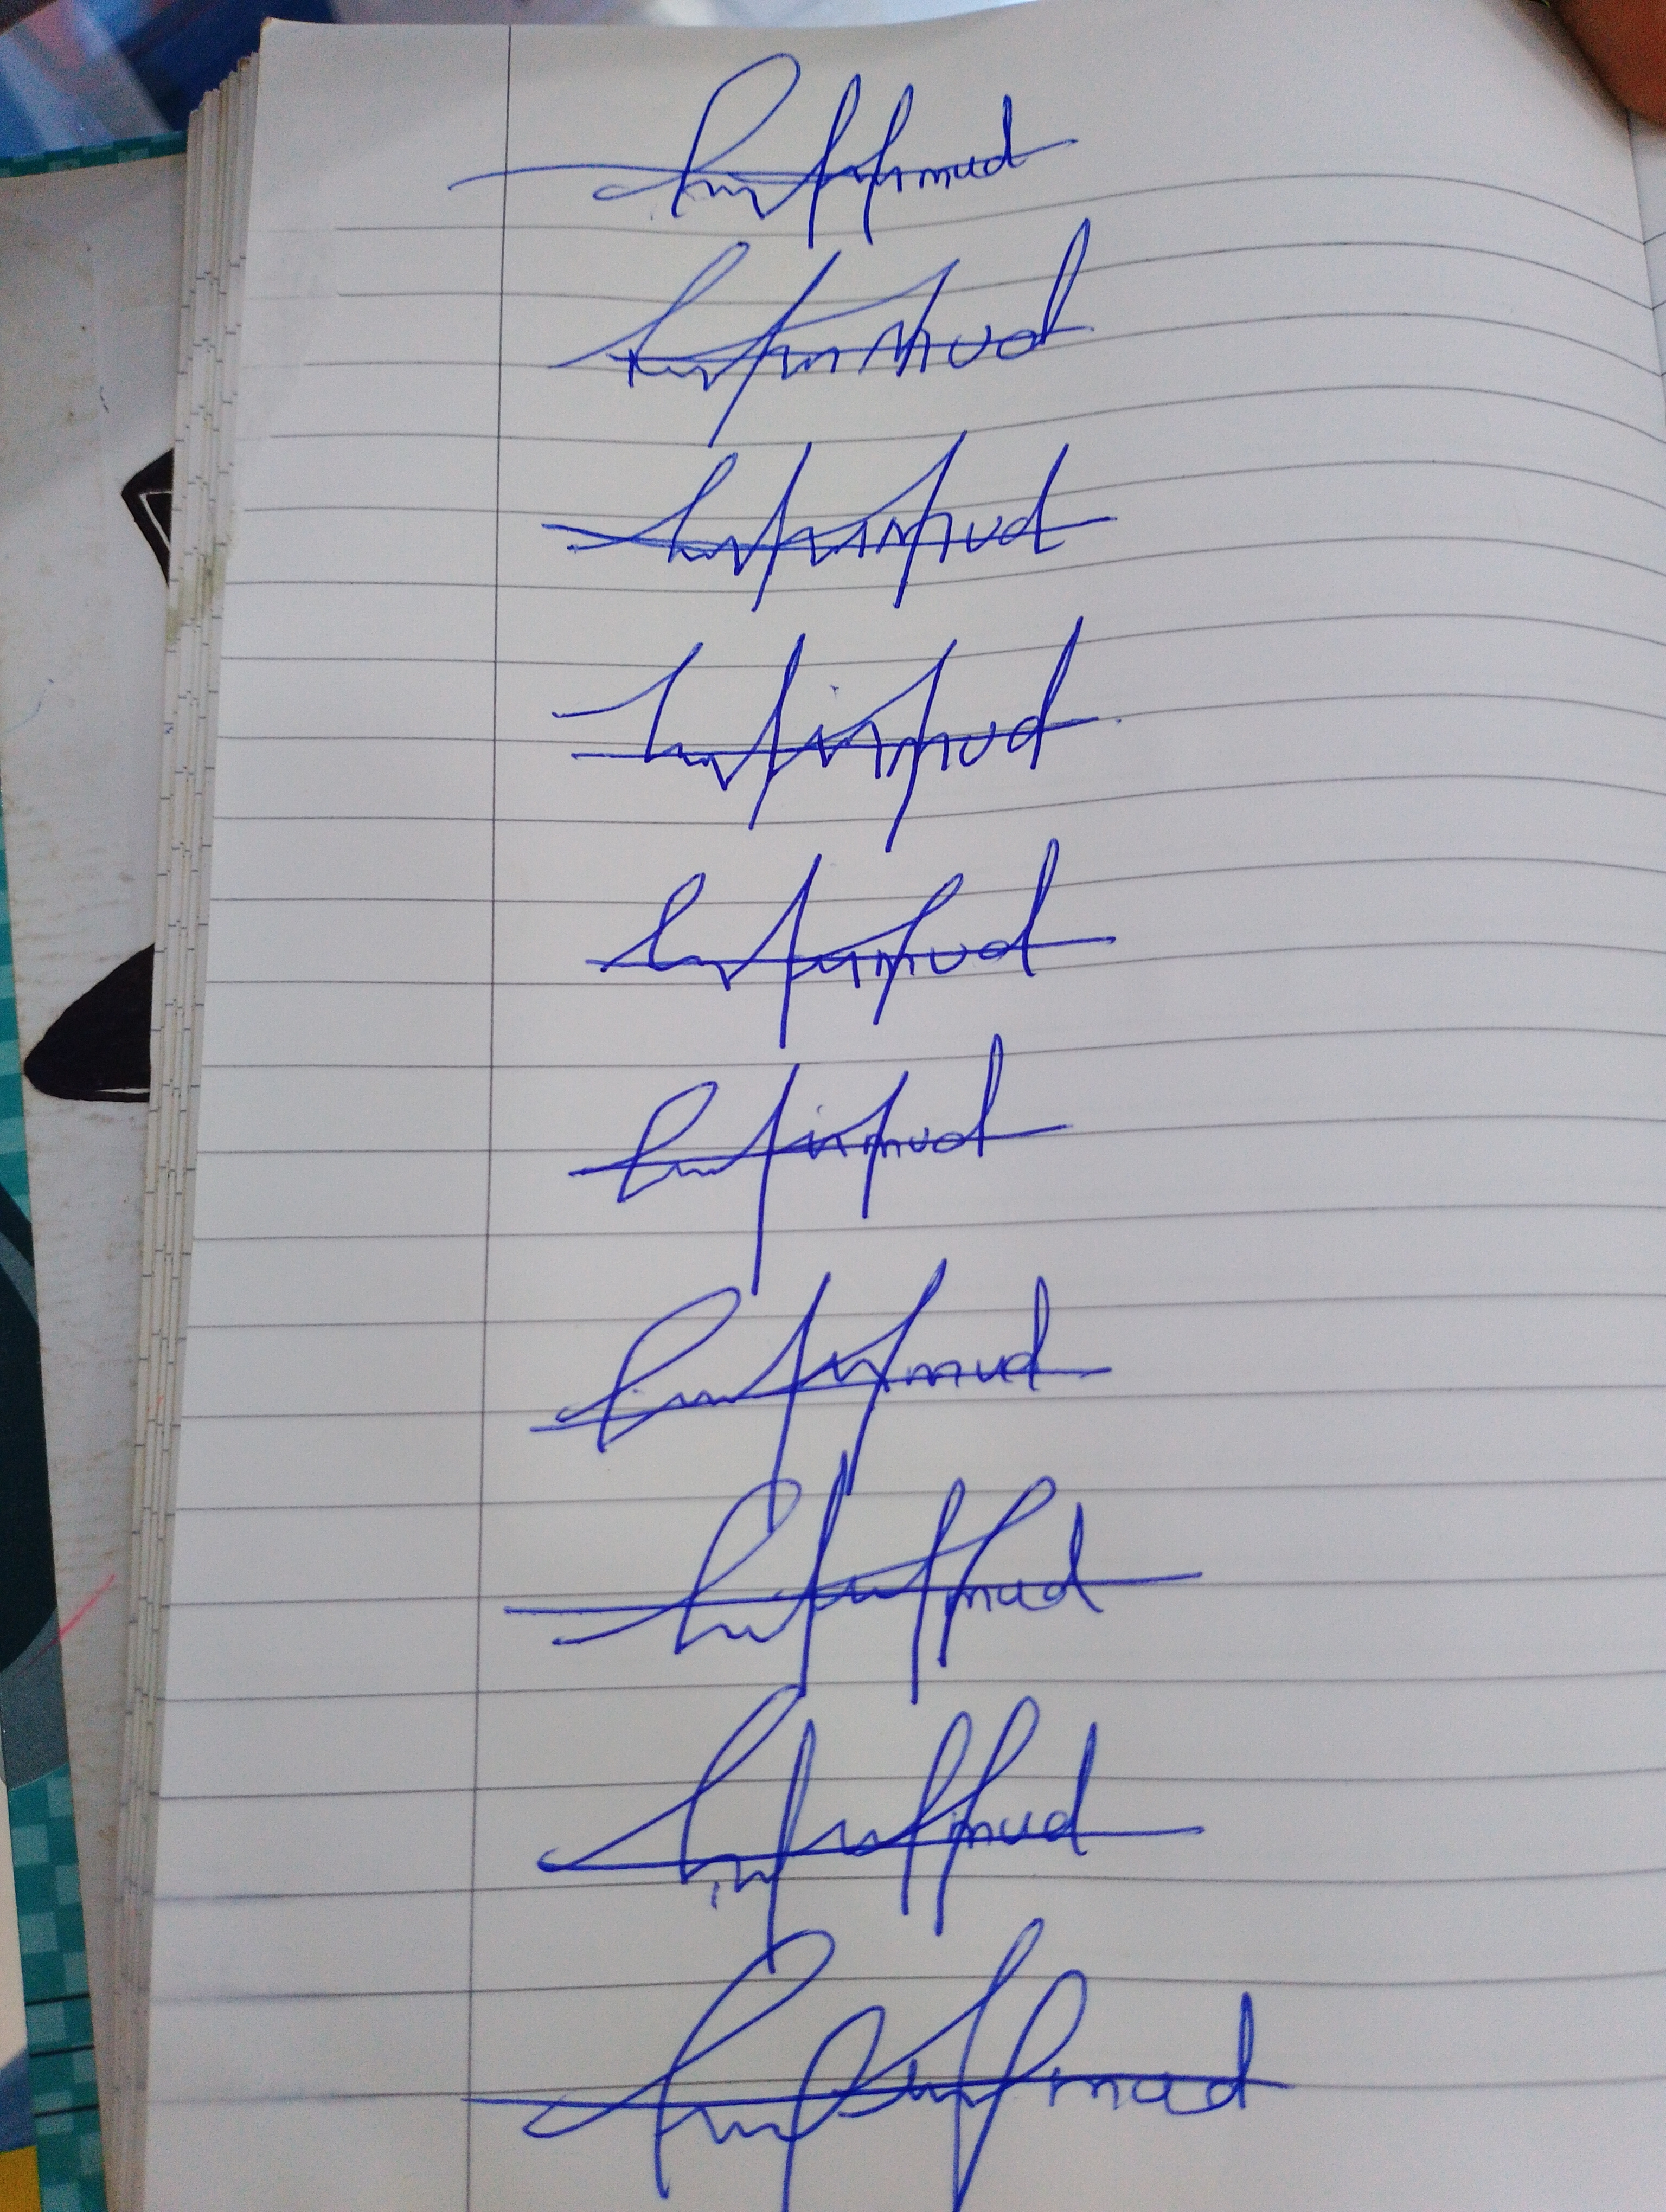
Signature authenticity: forged